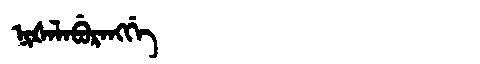
Manchu: ᠨᡳᡧᠠᠯᠠᠪᡠᡵᠠᠩᡤᡝ
Romanization: NIŠALABURANGGE